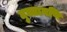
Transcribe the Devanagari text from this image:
मुक्तामणि